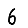
Digit: 6